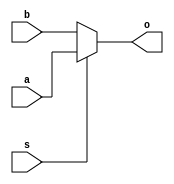
module mux(a,b,s,o);

  input a;
  input b;
  input s;
  output o;
  assign o=(s==0)?b:a;

endmodule

module barrelLeft(i,s,o);      

	input[23:0] i;//24-bit Input line 
	input[4:0] s; //5 bit Shift magnitude
	output[23:0] o; //24-bit Output line 

	wire s1_1, s1_2, s1_3, s1_4, s1_5, s1_6, s1_7, s1_8, s1_9, s1_10, s1_11, s1_12, s1_13, s1_14, s1_15, s1_16, s1_17, s1_18, s1_19, s1_20, s1_21, s1_22, s1_23, s1_24;
	wire s2_1, s2_2, s2_3, s2_4, s2_5, s2_6, s2_7, s2_8, s2_9, s2_10, s2_11, s2_12, s2_13, s2_14, s2_15, s2_16, s2_17, s2_18, s2_19, s2_20, s2_21, s2_22, s2_23, s2_24;
	wire s3_1, s3_2, s3_3, s3_4, s3_5, s3_6, s3_7, s3_8, s3_9, s3_10, s3_11, s3_12, s3_13, s3_14, s3_15, s3_16, s3_17, s3_18, s3_19, s3_20, s3_21, s3_22, s3_23, s3_24;
	wire s4_1, s4_2, s4_3, s4_4, s4_5, s4_6, s4_7, s4_8, s4_9, s4_10, s4_11, s4_12, s4_13, s4_14, s4_15, s4_16, s4_17, s4_18, s4_19, s4_20, s4_21, s4_22, s4_23, s4_24;

	//stage 1
	mux m1(1'b0, i[0], s[0], s1_1);
	mux m2(i[0], i[1], s[0], s1_2);
	mux m3(i[1], i[2], s[0], s1_3);
	mux m4(i[2], i[3], s[0], s1_4);
	mux m5(i[3], i[4], s[0], s1_5);
	mux m6(i[4], i[5], s[0], s1_6);
	mux m7(i[5], i[6], s[0], s1_7);
	mux m8(i[6], i[7], s[0], s1_8);
	mux m9(i[7], i[8], s[0], s1_9);
	mux m10(i[8], i[9], s[0], s1_10);
	mux m11(i[9], i[10], s[0], s1_11);
	mux m12(i[10], i[11], s[0], s1_12);
	mux m13(i[11], i[12], s[0], s1_13);
	mux m14(i[12], i[13], s[0], s1_14);
	mux m15(i[13], i[14], s[0], s1_15);
	mux m16(i[14], i[15], s[0], s1_16);
	mux m17(i[15], i[16], s[0], s1_17);
	mux m18(i[16], i[17], s[0], s1_18);
	mux m19(i[17], i[18], s[0], s1_19);
	mux m20(i[18], i[19], s[0], s1_20);
	mux m21(i[19], i[20], s[0], s1_21);
	mux m22(i[20], i[21], s[0], s1_22);
	mux m23(i[21], i[22], s[0], s1_23);
	mux m24(i[22], i[23], s[0], s1_24);

	//stage 2
	mux m25(1'b0, s1_1, s[1], s2_1);
	mux m26(1'b0, s1_2, s[1], s2_2);
	mux m27(s1_1, s1_3, s[1], s2_3);
	mux m28(s1_2, s1_4, s[1], s2_4);
	mux m29(s1_3, s1_5, s[1], s2_5);
	mux m30(s1_4, s1_6, s[1], s2_6);
	mux m31(s1_5, s1_7, s[1], s2_7);
	mux m32(s1_6, s1_8, s[1], s2_8);
	mux m33(s1_7, s1_9, s[1], s2_9);
	mux m34(s1_8, s1_10, s[1], s2_10);
	mux m35(s1_9, s1_11, s[1], s2_11);
	mux m36(s1_10, s1_12, s[1], s2_12);
	mux m37(s1_11, s1_13, s[1], s2_13);
	mux m38(s1_12, s1_14, s[1], s2_14);
	mux m39(s1_13, s1_15, s[1], s2_15);
	mux m40(s1_14, s1_16, s[1], s2_16);
	mux m41(s1_15, s1_17, s[1], s2_17);
	mux m42(s1_16, s1_18, s[1], s2_18);
	mux m43(s1_17, s1_19, s[1], s2_19);
	mux m44(s1_18, s1_20, s[1], s2_20);
	mux m45(s1_19, s1_21, s[1], s2_21);
	mux m46(s1_20, s1_22, s[1], s2_22);
	mux m47(s1_21, s1_23, s[1], s2_23);
	mux m48(s1_22, s1_24, s[1], s2_24);

	//stage 3
	mux m49(1'b0, s2_1, s[2], s3_1);
	mux m50(1'b0, s2_2, s[2], s3_2);
	mux m51(1'b0, s2_3, s[2], s3_3);
	mux m52(1'b0, s2_4, s[2], s3_4);
	mux m53(s2_1, s2_5, s[2], s3_5);
	mux m54(s2_2, s2_6, s[2], s3_6);
	mux m55(s2_3, s2_7, s[2], s3_7);
	mux m56(s2_4, s2_8, s[2], s3_8);
	mux m57(s2_5, s2_9, s[2], s3_9);
	mux m58(s2_6, s2_10, s[2], s3_10);
	mux m59(s2_7, s2_11, s[2], s3_11);
	mux m60(s2_8, s2_12, s[2], s3_12);
	mux m61(s2_9, s2_13, s[2], s3_13);
	mux m62(s2_10, s2_14, s[2], s3_14);
	mux m63(s2_11, s2_15, s[2], s3_15);
	mux m64(s2_12, s2_16, s[2], s3_16);
	mux m65(s2_13, s2_17, s[2], s3_17);
	mux m66(s2_14, s2_18, s[2], s3_18);
	mux m67(s2_15, s2_19, s[2], s3_19);
	mux m68(s2_16, s2_20, s[2], s3_20);
	mux m69(s2_17, s2_21, s[2], s3_21);
	mux m70(s2_18, s2_22, s[2], s3_22);
	mux m71(s2_19, s2_23, s[2], s3_23);
	mux m72(s2_20, s2_24, s[2], s3_24);

	//stage 4
	mux m73(1'b0, s3_1, s[3], s4_1);
	mux m74(1'b0, s3_2, s[3], s4_2);
	mux m75(1'b0, s3_3, s[3], s4_3);
	mux m76(1'b0, s3_4, s[3], s4_4);
	mux m77(1'b0, s3_5, s[3], s4_5);
	mux m78(1'b0, s3_6, s[3], s4_6);
	mux m79(1'b0, s3_7, s[3], s4_7);
	mux m80(1'b0, s3_8, s[3], s4_8);
	mux m81(s3_1, s3_9, s[3], s4_9);
	mux m82(s3_2, s3_10, s[3], s4_10);
	mux m83(s3_3, s3_11, s[3], s4_11);
	mux m84(s3_4, s3_12, s[3], s4_12);
	mux m85(s3_5, s3_13, s[3], s4_13);
	mux m86(s3_6, s3_14, s[3], s4_14);
	mux m87(s3_7, s3_15, s[3], s4_15);
	mux m88(s3_8, s3_16, s[3], s4_16);
	mux m89(s3_9, s3_17, s[3], s4_17);
	mux m90(s3_10, s3_18, s[3], s4_18);
	mux m91(s3_11, s3_19, s[3], s4_19);
	mux m92(s3_12, s3_20, s[3], s4_20);
	mux m93(s3_13, s3_21, s[3], s4_21);
	mux m94(s3_14, s3_22, s[3], s4_22);
	mux m95(s3_15, s3_23, s[3], s4_23);
	mux m96(s3_16, s3_24, s[3], s4_24);

	//stage 5
	mux m97(1'b0, s4_1, s[4], o[0]);
	mux m98(1'b0, s4_2, s[4], o[1]);
	mux m99(1'b0, s4_3, s[4], o[2]);
	mux m100(1'b0, s4_4, s[4], o[3]);
	mux m101(1'b0, s4_5, s[4], o[4]);
	mux m102(1'b0, s4_6, s[4], o[5]);
	mux m103(1'b0, s4_7, s[4], o[6]);
	mux m104(1'b0, s4_8, s[4], o[7]);
	mux m105(1'b0, s4_9, s[4], o[8]);
	mux m106(1'b0, s4_10, s[4], o[9]);
	mux m107(1'b0, s4_11, s[4], o[10]);
	mux m108(1'b0, s4_12, s[4], o[11]);
	mux m109(1'b0, s4_13, s[4], o[12]);
	mux m110(1'b0, s4_14, s[4], o[13]);
	mux m111(1'b0, s4_15, s[4], o[14]);
	mux m112(1'b0, s4_16, s[4], o[15]);
	mux m113(s4_1, s4_17, s[4], o[16]);
	mux m114(s4_2, s4_18, s[4], o[17]);
	mux m115(s4_3, s4_19, s[4], o[18]);
	mux m116(s4_4, s4_20, s[4], o[19]);
	mux m117(s4_5, s4_21, s[4], o[20]);
	mux m118(s4_6, s4_22, s[4], o[21]);
	mux m119(s4_7, s4_23, s[4], o[22]);
	mux m120(s4_8, s4_24, s[4], o[23]);

endmodule

module barrelRight(i,s,o);   

	input[23:0] i;//24-bit Input line 
	input[4:0] s; //5 bit Shift magnitude
	output[23:0] o; //8-bit Output line 

	wire s1_1, s1_2, s1_3, s1_4, s1_5, s1_6, s1_7, s1_8, s1_9, s1_10, s1_11, s1_12, s1_13, s1_14, s1_15, s1_16, s1_17, s1_18, s1_19, s1_20, s1_21, s1_22, s1_23, s1_24;
	wire s2_1, s2_2, s2_3, s2_4, s2_5, s2_6, s2_7, s2_8, s2_9, s2_10, s2_11, s2_12, s2_13, s2_14, s2_15, s2_16, s2_17, s2_18, s2_19, s2_20, s2_21, s2_22, s2_23, s2_24;
	wire s3_1, s3_2, s3_3, s3_4, s3_5, s3_6, s3_7, s3_8, s3_9, s3_10, s3_11, s3_12, s3_13, s3_14, s3_15, s3_16, s3_17, s3_18, s3_19, s3_20, s3_21, s3_22, s3_23, s3_24;
	wire s4_1, s4_2, s4_3, s4_4, s4_5, s4_6, s4_7, s4_8, s4_9, s4_10, s4_11, s4_12, s4_13, s4_14, s4_15, s4_16, s4_17, s4_18, s4_19, s4_20, s4_21, s4_22, s4_23, s4_24;

	//stage 1
	mux m1(i[1], i[0], s[0], s1_1);
	mux m2(i[2], i[1], s[0], s1_2);
	mux m3(i[3], i[2], s[0], s1_3);
	mux m4(i[4], i[3], s[0], s1_4);
	mux m5(i[5], i[4], s[0], s1_5);
	mux m6(i[6], i[5], s[0], s1_6);
	mux m7(i[7], i[6], s[0], s1_7);
	mux m8(i[8], i[7], s[0], s1_8);
	mux m9(i[9], i[8], s[0], s1_9);
	mux m10(i[10], i[9], s[0], s1_10);
	mux m11(i[11], i[10], s[0], s1_11);
	mux m12(i[12], i[11], s[0], s1_12);
	mux m13(i[13], i[12], s[0], s1_13);
	mux m14(i[14], i[13], s[0], s1_14);
	mux m15(i[15], i[14], s[0], s1_15);
	mux m16(i[16], i[15], s[0], s1_16);
	mux m17(i[17], i[16], s[0], s1_17);
	mux m18(i[18], i[17], s[0], s1_18);
	mux m19(i[19], i[18], s[0], s1_19);
	mux m20(i[20], i[19], s[0], s1_20);
	mux m21(i[21], i[20], s[0], s1_21);
	mux m22(i[22], i[21], s[0], s1_22);
	mux m23(i[23], i[22], s[0], s1_23);
	mux m24(i[0], i[23], s[0], s1_24);

	//stage 2
	mux m25(s1_3, s1_1, s[1], s2_1);
	mux m26(s1_4, s1_2, s[1], s2_2);
	mux m27(s1_5, s1_3, s[1], s2_3);
	mux m28(s1_6, s1_4, s[1], s2_4);
	mux m29(s1_7, s1_5, s[1], s2_5);
	mux m30(s1_8, s1_6, s[1], s2_6);
	mux m31(s1_9, s1_7, s[1], s2_7);
	mux m32(s1_10, s1_8, s[1], s2_8);
	mux m33(s1_11, s1_9, s[1], s2_9);
	mux m34(s1_12, s1_10, s[1], s2_10);
	mux m35(s1_13, s1_11, s[1], s2_11);
	mux m36(s1_14, s1_12, s[1], s2_12);
	mux m37(s1_15, s1_13, s[1], s2_13);
	mux m38(s1_16, s1_14, s[1], s2_14);
	mux m39(s1_17, s1_15, s[1], s2_15);
	mux m40(s1_18, s1_16, s[1], s2_16);
	mux m41(s1_19, s1_17, s[1], s2_17);
	mux m42(s1_20, s1_18, s[1], s2_18);
	mux m43(s1_21, s1_19, s[1], s2_19);
	mux m44(s1_22, s1_20, s[1], s2_20);
	mux m45(s1_23, s1_21, s[1], s2_21);
	mux m46(s1_24, s1_22, s[1], s2_22);
	mux m47(1'b0, s1_23, s[1], s2_23);
	mux m48(1'b0, s1_24, s[1], s2_24);

	//stage 3
	mux m49(s2_5, s2_1, s[2], s3_1);
	mux m50(s2_6, s2_2, s[2], s3_2);
	mux m51(s2_7, s2_3, s[2], s3_3);
	mux m52(s2_8, s2_4, s[2], s3_4);
	mux m53(s2_9, s2_5, s[2], s3_5);
	mux m54(s2_10, s2_6, s[2], s3_6);
	mux m55(s2_11, s2_7, s[2], s3_7);
	mux m56(s2_12, s2_8, s[2], s3_8);
	mux m57(s2_13, s2_9, s[2], s3_9);
	mux m58(s2_14, s2_10, s[2], s3_10);
	mux m59(s2_15, s2_11, s[2], s3_11);
	mux m60(s2_16, s2_12, s[2], s3_12);
	mux m61(s2_17, s2_13, s[2], s3_13);
	mux m62(s2_18, s2_14, s[2], s3_14);
	mux m63(s2_19, s2_15, s[2], s3_15);
	mux m64(s2_20, s2_16, s[2], s3_16);
	mux m65(s2_21, s2_17, s[2], s3_17);
	mux m66(s2_22, s2_18, s[2], s3_18);
	mux m67(s2_23, s2_19, s[2], s3_19);
	mux m68(s2_24, s2_20, s[2], s3_20);
	mux m69(1'b0, s2_21, s[2], s3_21);
	mux m70(1'b0, s2_22, s[2], s3_22);
	mux m71(1'b0, s2_23, s[2], s3_23);
	mux m72(1'b0, s2_24, s[2], s3_24);

	//stage 4
	mux m73(s3_9, s3_1, s[3], s4_1);
	mux m74(s3_10, s3_2, s[3], s4_2);
	mux m75(s3_11, s3_3, s[3], s4_3);
	mux m76(s3_12, s3_4, s[3], s4_4);
	mux m77(s3_13, s3_5, s[3], s4_5);
	mux m78(s3_14, s3_6, s[3], s4_6);
	mux m79(s3_15, s3_7, s[3], s4_7);
	mux m80(s3_16, s3_8, s[3], s4_8);
	mux m81(s3_17, s3_9, s[3], s4_9);
	mux m82(s3_18, s3_10, s[3], s4_10);
	mux m83(s3_19, s3_11, s[3], s4_11);
	mux m84(s3_20, s3_12, s[3], s4_12);
	mux m85(s3_21, s3_13, s[3], s4_13);
	mux m86(s3_22, s3_14, s[3], s4_14);
	mux m87(s3_23, s3_15, s[3], s4_15);
	mux m88(s3_24, s3_16, s[3], s4_16);
	mux m89(1'b0, s3_17, s[3], s4_17);
	mux m90(1'b0, s3_18, s[3], s4_18);
	mux m91(1'b0, s3_19, s[3], s4_19);
	mux m92(1'b0, s3_20, s[3], s4_20);
	mux m93(1'b0, s3_21, s[3], s4_21);
	mux m94(1'b0, s3_22, s[3], s4_22);
	mux m95(1'b0, s3_23, s[3], s4_23);
	mux m96(1'b0, s3_24, s[3], s4_24);

	//stage 5
	mux m97(s4_17, s4_1, s[4], o[0]);
	mux m98(s4_18, s4_2, s[4], o[1]);
	mux m99(s4_19, s4_3, s[4], o[2]);
	mux m100(s4_20, s4_4, s[4], o[3]);
	mux m101(s4_21, s4_5, s[4], o[4]);
	mux m102(s4_22, s4_6, s[4], o[5]);
	mux m103(s4_23, s4_7, s[4], o[6]);
	mux m104(s4_24, s4_8, s[4], o[7]);
	mux m105(1'b0, s4_9, s[4], o[8]);
	mux m106(1'b0, s4_10, s[4], o[9]);
	mux m107(1'b0, s4_11, s[4], o[10]);
	mux m108(1'b0, s4_12, s[4], o[11]);
	mux m109(1'b0, s4_13, s[4], o[12]);
	mux m110(1'b0, s4_14, s[4], o[13]);
	mux m111(1'b0, s4_15, s[4], o[14]);
	mux m112(1'b0, s4_16, s[4], o[15]);
	mux m113(1'b0, s4_17, s[4], o[16]);
	mux m114(1'b0, s4_18, s[4], o[17]);
	mux m115(1'b0, s4_19, s[4], o[18]);
	mux m116(1'b0, s4_20, s[4], o[19]);
	mux m117(1'b0, s4_21, s[4], o[20]);
	mux m118(1'b0, s4_22, s[4], o[21]);
	mux m119(1'b0, s4_23, s[4], o[22]);
	mux m120(1'b0, s4_24, s[4], o[23]);

endmodule